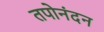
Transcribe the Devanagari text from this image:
तपोनंदन